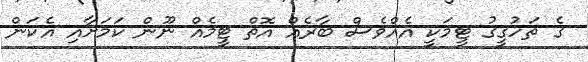
ގެ ތަހުގީގު ޓީމަކީ އެއްވެސް ބާރެއް އޮތް ޓީމެއް ނޫން ކަމަށާއި އެކަން